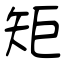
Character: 矩